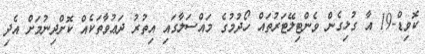
ކޮވިޑް-19 އާ ގުޅިގެން ވެންޓިލޭޓަރުތައް ހޯދުމުގެ މައްސަލާގައި އިތުރު ދަޢުވާތަކެއް ކޮށްދިނުމަށް އެދި